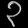
Digit: ၃